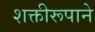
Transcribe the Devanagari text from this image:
शक्तीरूपाने